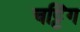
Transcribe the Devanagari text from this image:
चट्टिंग